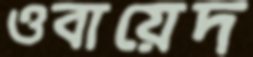
ওবায়েদ